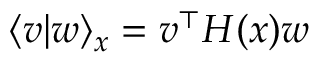
\langle v | w \rangle _ { x } = v ^ { \top } H ( x ) w